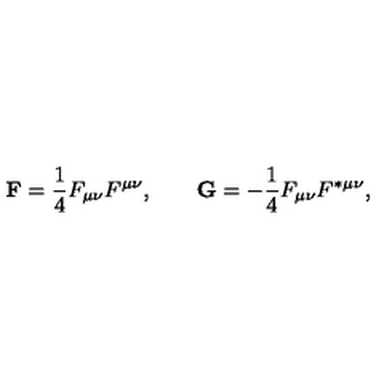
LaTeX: { \bf F } = \frac { 1 } { 4 } F \sb { \mu \nu } F \sp { \mu \nu } , \qquad { \bf G } = - \frac { 1 } { 4 } F \sb { \mu \nu } F \sp { \ast \mu \nu } ,